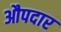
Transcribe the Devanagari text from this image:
औपदार